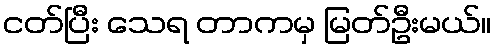
ငတ်ပြီး သေရ တာကမှ မြတ်ဦးမယ်။